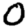
Digit: 0